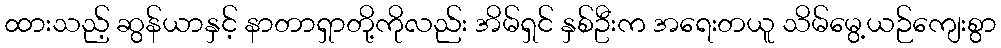
ထားသည့် ဆွန်ယာနှင့် နာတာရှာတို့ကိုလည်း အိမ်ရှင် နှစ်ဦးက အရေးတယူ သိမ်မွေ့ယဉ်ကျေးစွာ